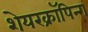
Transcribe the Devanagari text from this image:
शेयरक्रॉपिन्ग